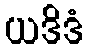
ယဒိဒံ